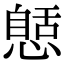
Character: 𢠾